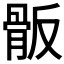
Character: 𩨩